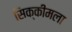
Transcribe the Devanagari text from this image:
सिक्कीमला